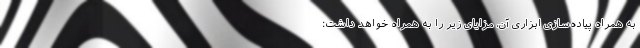
به همراه پیاده‌سازی ابزاری آن، مزایای زیر را به همراه خواهد داشت: